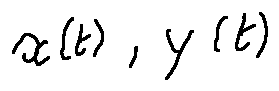
x ( t ) , y ( t )